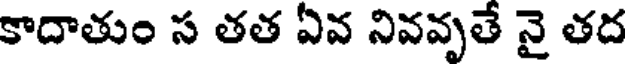
కాదాతుం స తత ఏవ నివవృతే నై తద